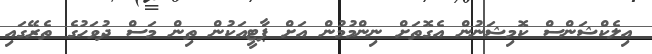
އިލެކްޝަންސް ކޮމިޝަނުން އެގޮތަށް ނިންމުމުން އަށް ޕާޓީއަކުން ތިން މަސް ދުވަހުގެ ތެރޭގައި